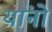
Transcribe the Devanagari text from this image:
यांनो